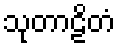
သုတာဠိတံ